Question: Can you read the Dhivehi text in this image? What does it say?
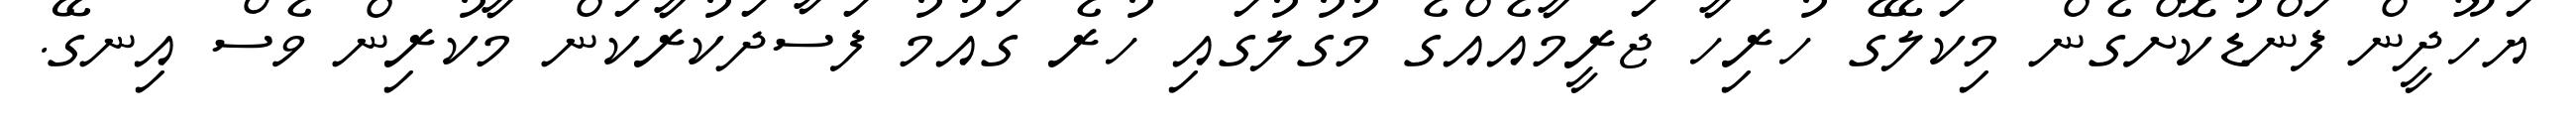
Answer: ޔަހޫދީން ފަންޑުކޮށްގެން މިކަލޭގެ ހުރިހާ ޖަރީމާއެއްގެ މުގުލުގައި ހުރެ ގައުމު ފަސާދަކުރާކަން މާކުރިން ވެސް އިނގޭ.